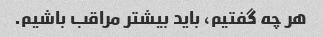
هر چه گفتیم، باید بیشتر مراقب باشیم.